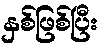
နှစ်ဖြစ်ပြီး